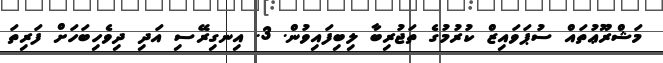
މަޝްރޫޢުތައް ސުޕަވައިޒް ކުރުމުގެ ތަޖުރިބާ ލިބިފައިވުން. 3. އިނގިރޭސި އަދި ދިވެހިބަހަށް ފަރިތަ